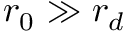
r _ { 0 } \gg r _ { d }